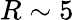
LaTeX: R\sim 5